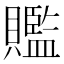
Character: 𧸦